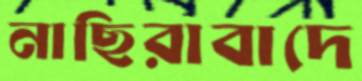
নাছিরাবাদে